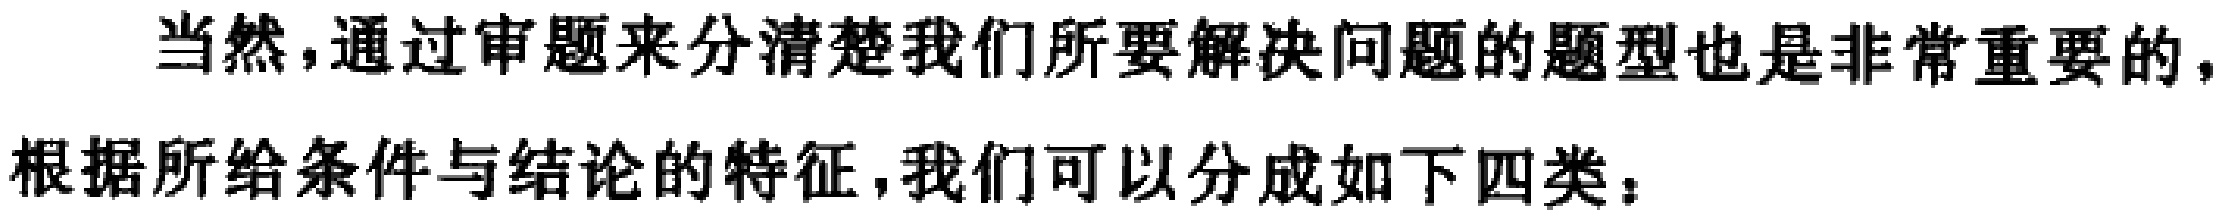
当然，通过审题来分清楚我们所要解决问题的题型也是非常重要的，
根据所给条件与结论的特征，我们可以分成如下四类：